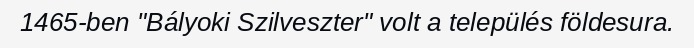
1465-ben "Bályoki Szilveszter" volt a település földesura.